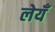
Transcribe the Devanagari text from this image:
लेयँ